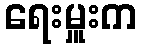
ရေးမှူးက